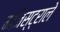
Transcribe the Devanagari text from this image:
मजिस्ट्राले